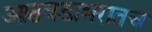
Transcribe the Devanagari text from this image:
आठवडाभरातच